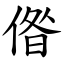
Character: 偺